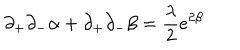
LaTeX: \partial _ { + } \partial _ { - } \alpha + \partial _ { + } \partial _ { - } \beta = \frac { \lambda } { 2 } e ^ { 2 \beta }